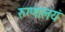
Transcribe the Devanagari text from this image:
रुग्णालयं